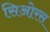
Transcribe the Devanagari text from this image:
सिओरस